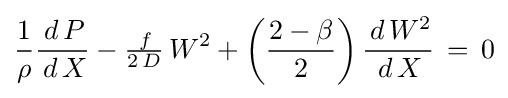
{\frac {1}{\rho }}{\frac {\,d\,P}{\,d\,X}}-{\tfrac {\,f}{2\,D}}\,W^{2}+\left({\frac {2-\beta }{2}}\right){\frac {\,d\,W^{2}}{\,d\,X}}\,=\,0